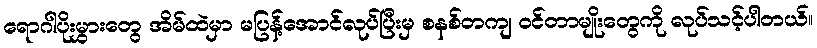
ရောဂါပိုးမွှားတွေ အိမ်ထဲမှာ မပြန့်အောင်လုပ်ပြီးမှ စနစ်တကျ ဝင်တာမျိုးတွေကို လုပ်သင့်ပါတယ်။